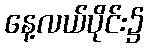
နေ့လယ်ပိုင်း၌